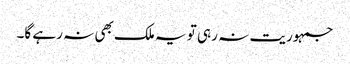
جمہوریت نہ رہی تو یہ ملک بھی نہ رہے گا۔